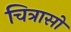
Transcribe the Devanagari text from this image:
चित्रासो